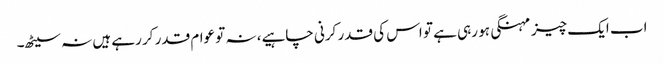
اب ایک چیز مہنگی ہو رہی ہے تو اس کی قدر کرنی چاہیے، نہ تو عوام قدر کر رہے ہیں نہ سیٹھ۔